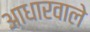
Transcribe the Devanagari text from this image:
आधारवाले